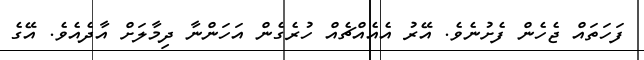
ފަހަތައް ޖެހެން ފެށުނެވެ. އޭރު އެއެއްޗެއް ހުރެގެން އަހަންނާ ދިމާލަށް އާދެއެވެ. އޭގެ